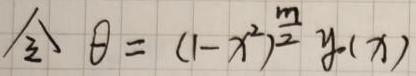
令 $\theta=(1 - x^{2})^{\frac{m}{2}}y(x)$